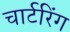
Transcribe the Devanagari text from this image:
चार्टरिंग